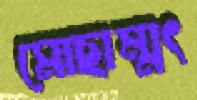
মোছাম্মৎ